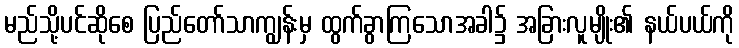
မည်သို့ပင်ဆိုစေ ပြည်တော်သာကျွန်းမှ ထွက်ခွာကြသောအခါ၌ အခြားလူမျိုး၏ နယ်ပယ်ကို